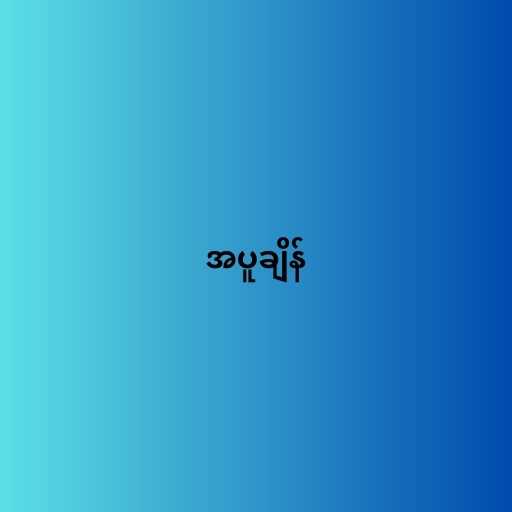
အပူချိန်